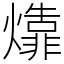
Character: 㸆